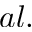
a l .